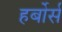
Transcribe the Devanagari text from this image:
हर्बोर्स